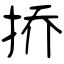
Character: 挢